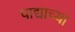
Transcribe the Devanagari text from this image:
पाद्याच्या